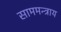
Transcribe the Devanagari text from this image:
साममन्त्राय